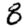
Digit: 8